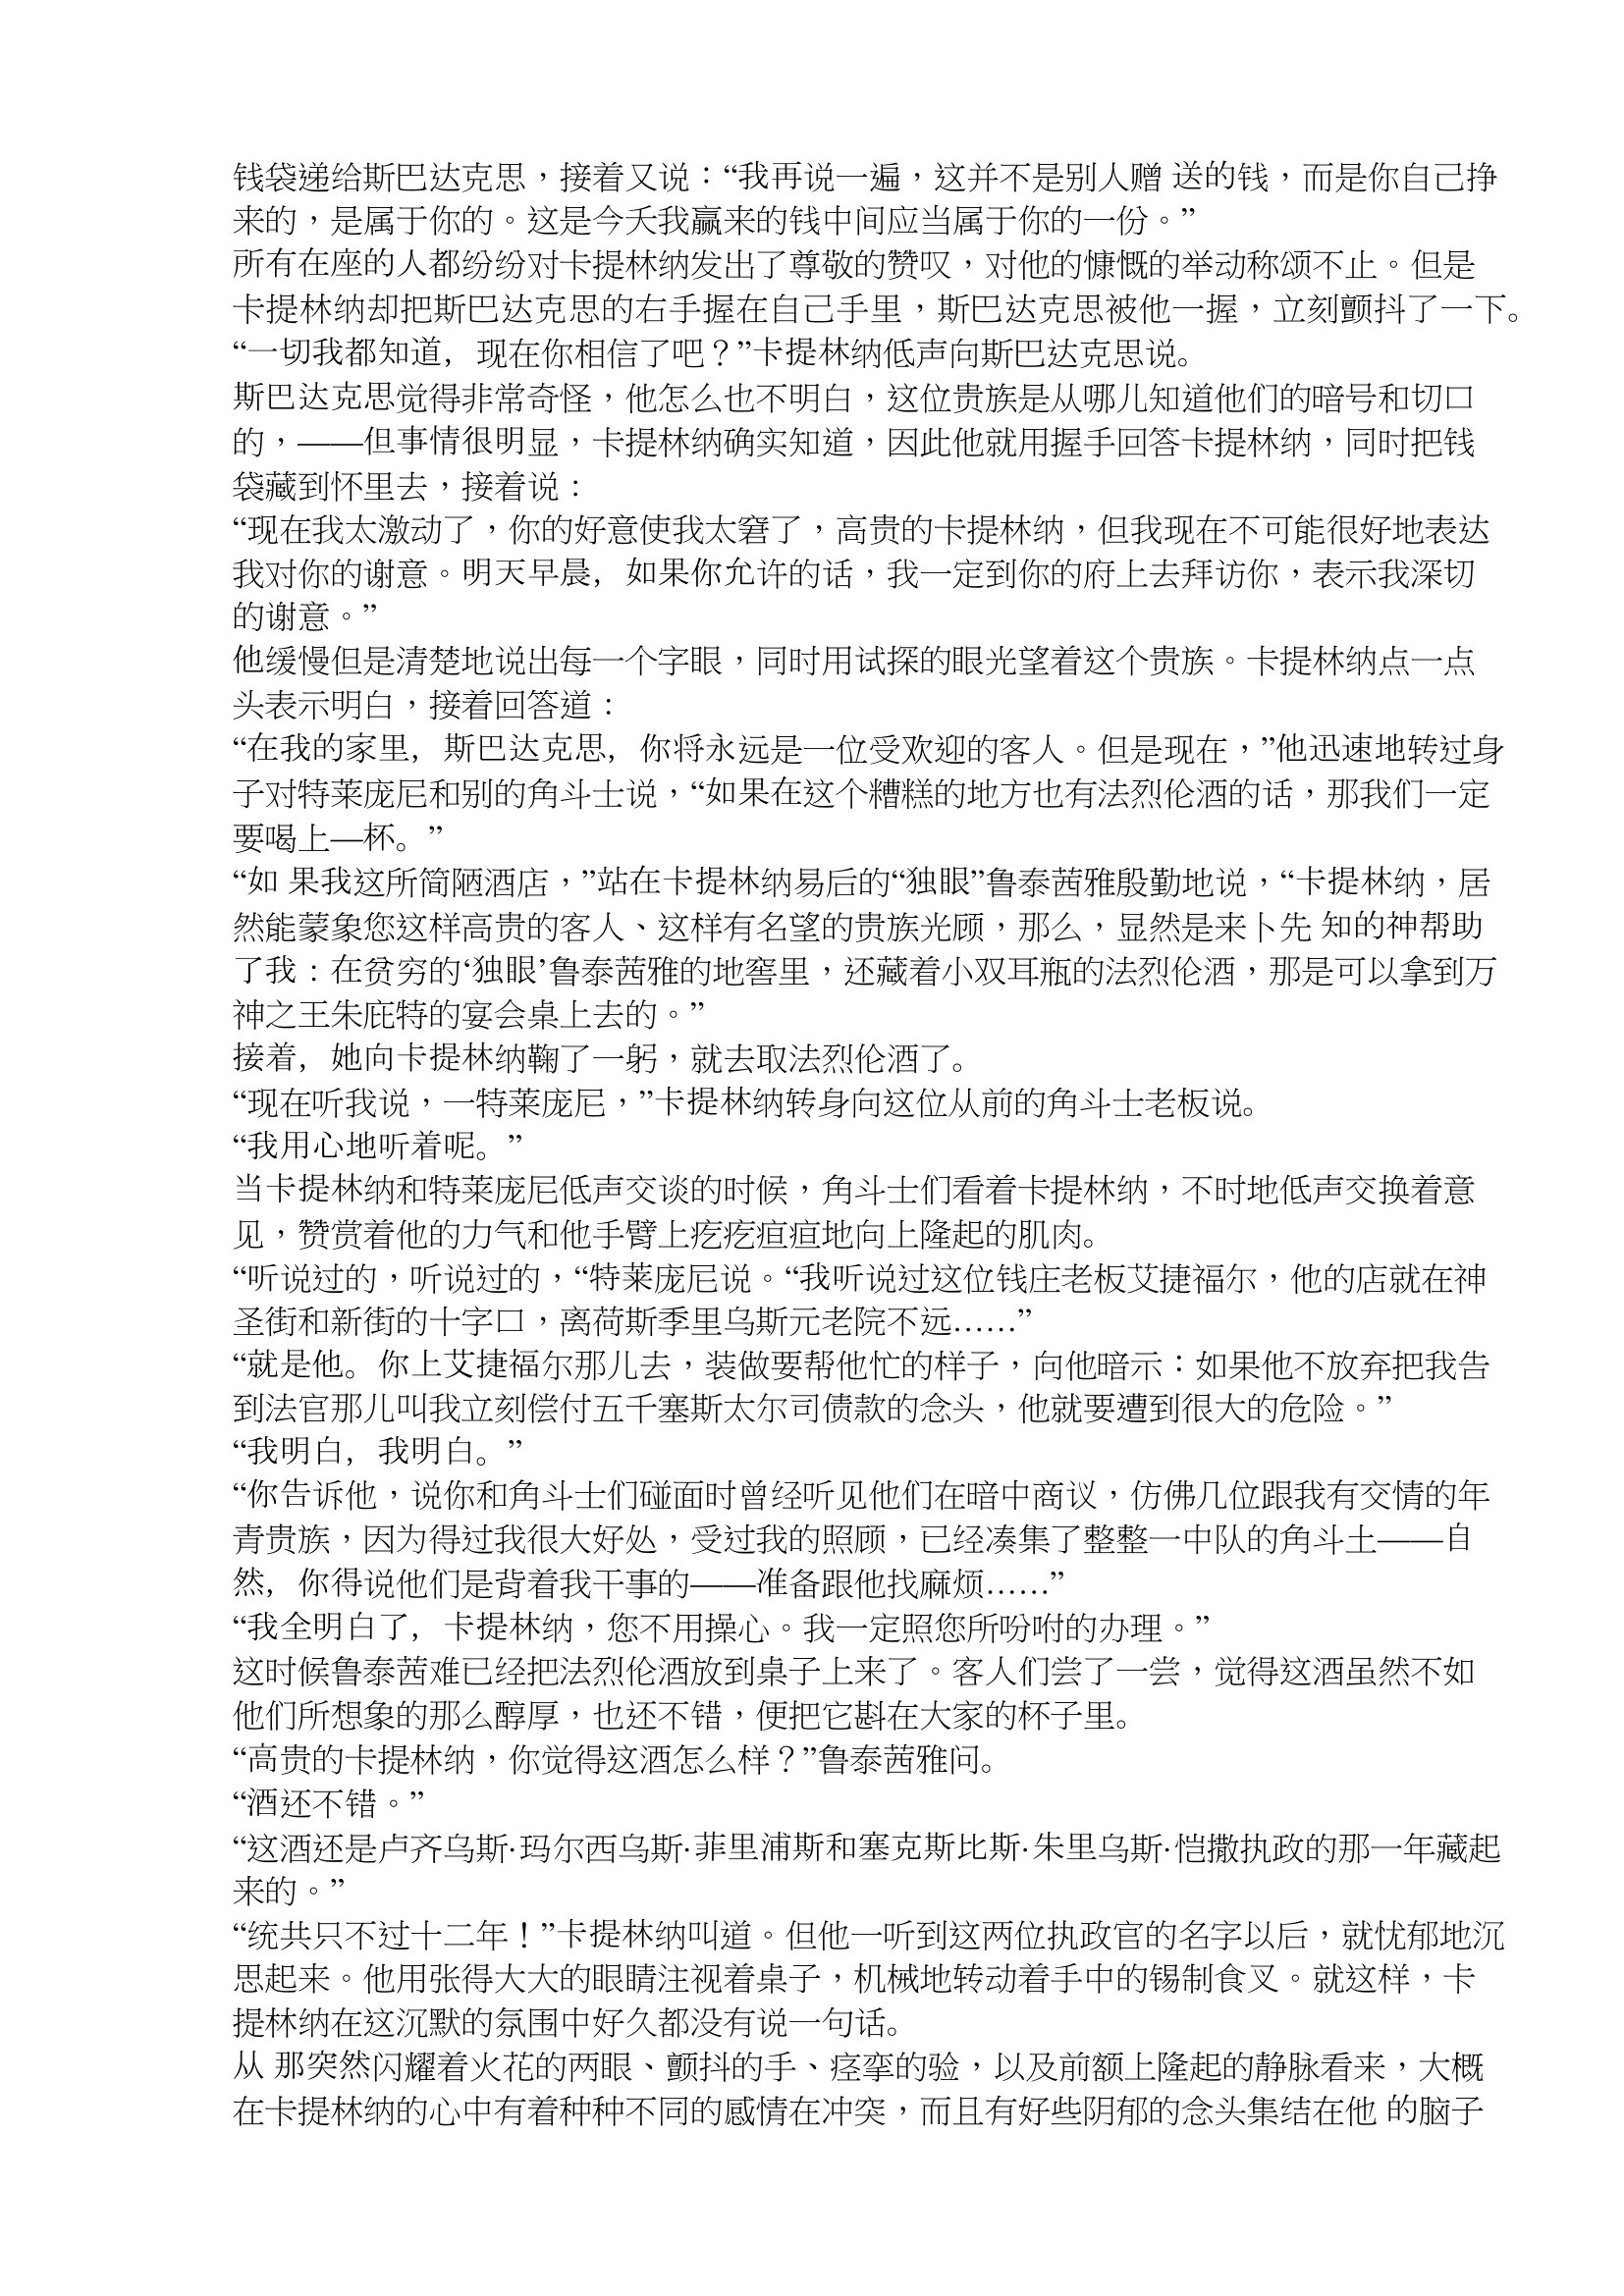
Language: zh